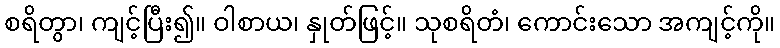
စရိတွာ၊ ကျင့်ပြီး၍။ ဝါစာယ၊ နှုတ်ဖြင့်။ သုစရိတံ၊ ကောင်းသော အကျင့်ကို။